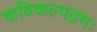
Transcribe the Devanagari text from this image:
कविकल्पद्रमः